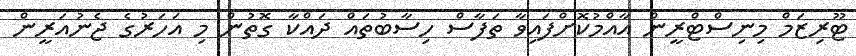
ޓޫރިޒަމް މިނިސްޓްރީން އާއްމުކޮށްފައިވާ ތަފާސް ހިސާބުތައް ދައްކާ ގޮތުން މި އަހަރުގެ ޖެނުއަރީން